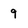
Character: 9